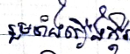
រួមទាំងរឿងក្តី